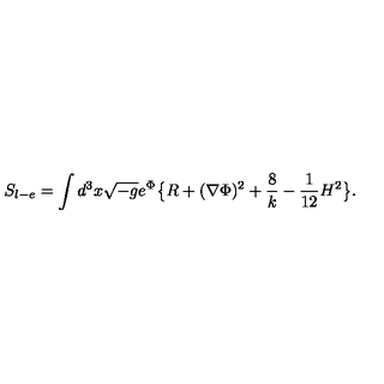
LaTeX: S _ { l - e } = \int d ^ { 3 } x \sqrt { - g } e ^ { \Phi } \big \{ R + ( \nabla \Phi ) ^ { 2 } + { \frac { 8 } { k } } - { \frac { 1 } { 1 2 } } H ^ { 2 } \big \} .